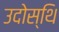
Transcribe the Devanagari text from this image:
उदोस्थि